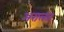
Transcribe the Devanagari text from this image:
अरालत